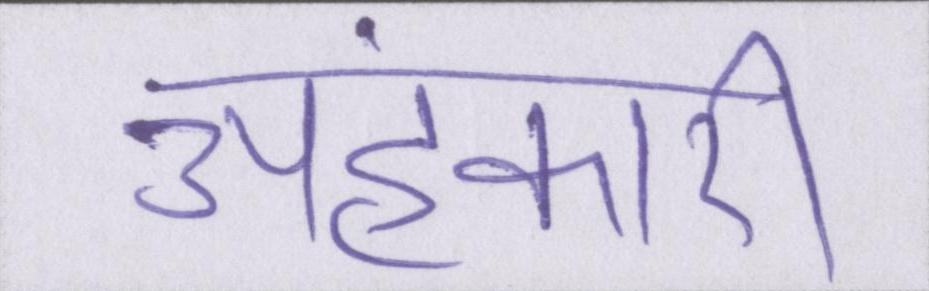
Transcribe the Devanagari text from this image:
अहंकारी